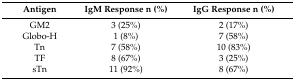
| Antigen | IgM Response n (%) | IgG Response n (%) |
 | --- | --- | --- |
 | GM2 | 3 (25%) | 2 (17%) |
 | Globo-H | 1 (8%) | 7 (58%) |
 | Tn | 7 (58%) | 10 (83%) |
 | TF | 8 (67%) | 3 (25%) |
 | sTn | 11 (92%) | 8 (67%) |